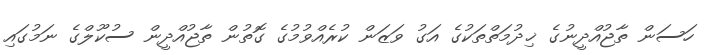
ހަސަން ތާޖުއްދީނުގެ ޚިދުމަތްތަކުގެ އަގު ވަޒަން ކުރެއްވުމުގެ ގޮތުން ތާޖުއްދީން ސުކޫލްގެ ނަމުގައި